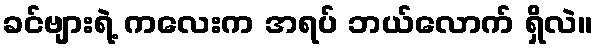
ခင်ဗျားရဲ့ ကလေးက အရပ် ဘယ်လောက် ရှိလဲ။